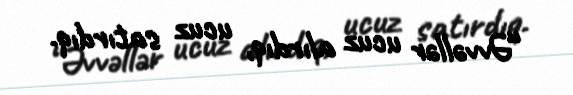
“Əvvəllər ucuz alırdıq, ucuz satırdıq.